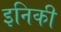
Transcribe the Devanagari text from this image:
इनिकी